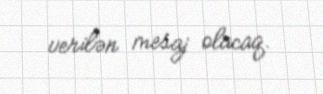
verilən mesaj olacaq.